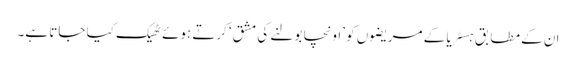
ان کے مطابق ہسٹریا کے مریضوں کو ’اونچا بولنے کی مشق‘ کرتے ہوئے ٹھیک کیا جاتا ہے۔